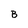
Character: B